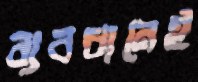
ব্যবধানেই